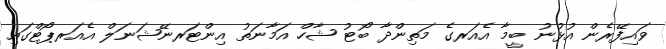
ވައިފޭރެން އުޅުނު ބީމާ އެއަރގެ މަތިންދާ ބޯޓު ޝާހް އަމާނަތު އިންޓަރނޭޝަނަލް އެއަރޕޯޓްގައި